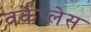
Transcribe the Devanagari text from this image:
वर्कप्लेस